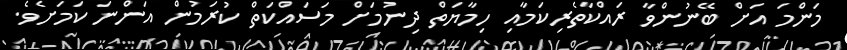
މަންމަ އަށް ބޭނުންވާ ރައްކާތެރިކަމާއި ހިމާޔަތް ދިނުމަށް މަސައްކަތް ކުރަމުން އަންނަ ކަމަށެވެ.